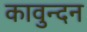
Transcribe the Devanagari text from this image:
कावुन्दन